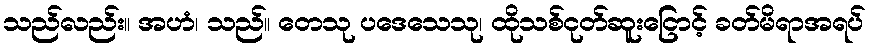
သည်လည်း။ အဟံ၊ သည်။ တေသု ပဒေသေသု၊ ထိုသစ်ငုတ်ဆူးငြောင့် ခတ်မိရာအရပ်